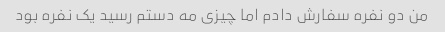
من دو نفره سفارش دادم اما چیزی مه دستم رسید یک نفره بود